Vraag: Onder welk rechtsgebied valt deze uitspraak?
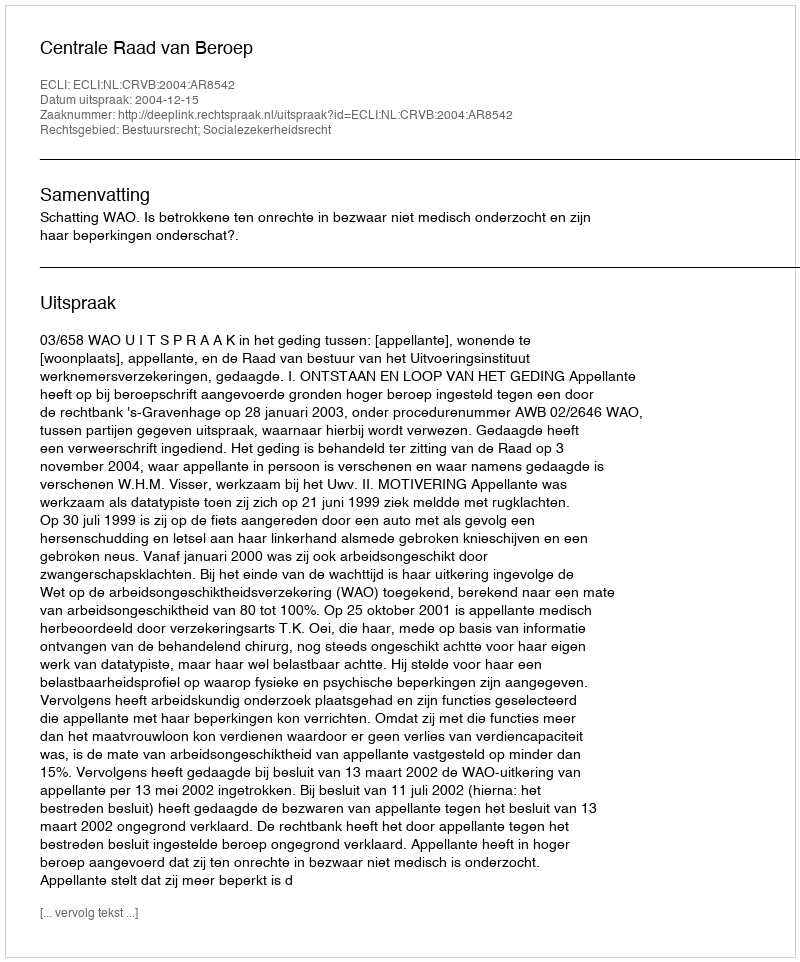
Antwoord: Bestuursrecht; Socialezekerheidsrecht